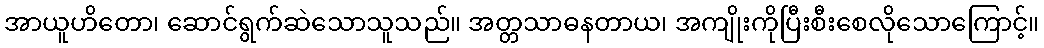
အာယူဟိတော၊ ဆောင်ရွက်ဆဲသောသူသည်။ အတ္တသာဓနတာယ၊ အကျိုးကိုပြီးစီးစေလိုသောကြောင့်။